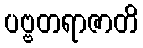
ပဗ္ဗတရာဇာတိ